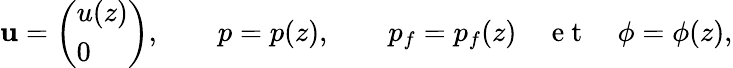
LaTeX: {\mathbf u}=\left(\begin{array}{l}{u(z)}\\ {0}\end{array}\right),\qquad p=p(z),\qquad p_{f}=p_{f}(z)\quad\mathrm{~e~t~}\quad\phi=\phi(z),